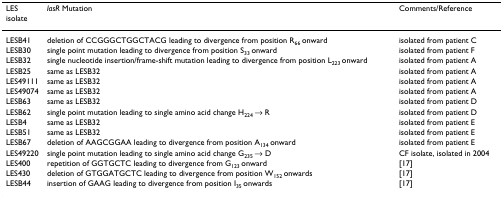
| LES isolate | lasR Mutation | Comments/Reference |
 | --- | --- | --- |
 | LESB41 | deletion of CCGGGCTGGCTACG leading to divergence from position R66 onward | isolated from patient C |
 | LESB30 | single point mutation leading to divergence from position S33 onward | isolated from patient F |
 | LESB32 | single nucleotide insertion/frame-shift mutation leading to divergence from position L223 onward | isolated from patient A |
 | LESB25 | same as LESB32 | isolated from patient A |
 | LES49111 | same as LESB32 | isolated from patient A |
 | LES49074 | same as LESB32 | isolated from patient A |
 | LESB63 | same as LESB32 | isolated from patient D |
 | LESB62 | single point mutation leading to single amino acid change H224 → R | isolated from patient D |
 | LESB4 | same as LESB32 | isolated from patient E |
 | LESB51 | same as LESB32 | isolated from patient E |
 | LESB67 | deletion of AAGCGGAA leading to divergence from position A134 onward | isolated from patient E |
 | LES49220 | single point mutation leading to single amino acid change G235 → D | CF isolate, isolated in 2004 |
 | LES400 | repetition of GGTGCTC leading to divergence from G123 onward | [17] |
 | LES430 | deletion of GTGGATGCTC leading to divergence from position W152 onwards | [17] |
 | LESB44 | insertion of GAAG leading to divergence from position I35 onwards | [17] |